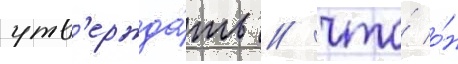
утв'ержда́ть / что́ о́н